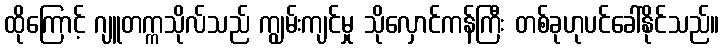
ထိုကြောင့် ဂျူတက္ကသိုလ်သည် ကျွမ်းကျင်မှု သိုလှောင်ကန်ကြီး တစ်ခုဟုပင်ခေါ်နိုင်သည်။